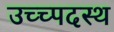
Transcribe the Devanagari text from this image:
उच्च्पदस्थ